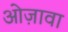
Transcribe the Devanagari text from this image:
ओज़ावा